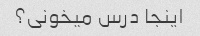
اینجا درس میخونی؟